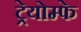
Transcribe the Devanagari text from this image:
ट्रेयोम्फे